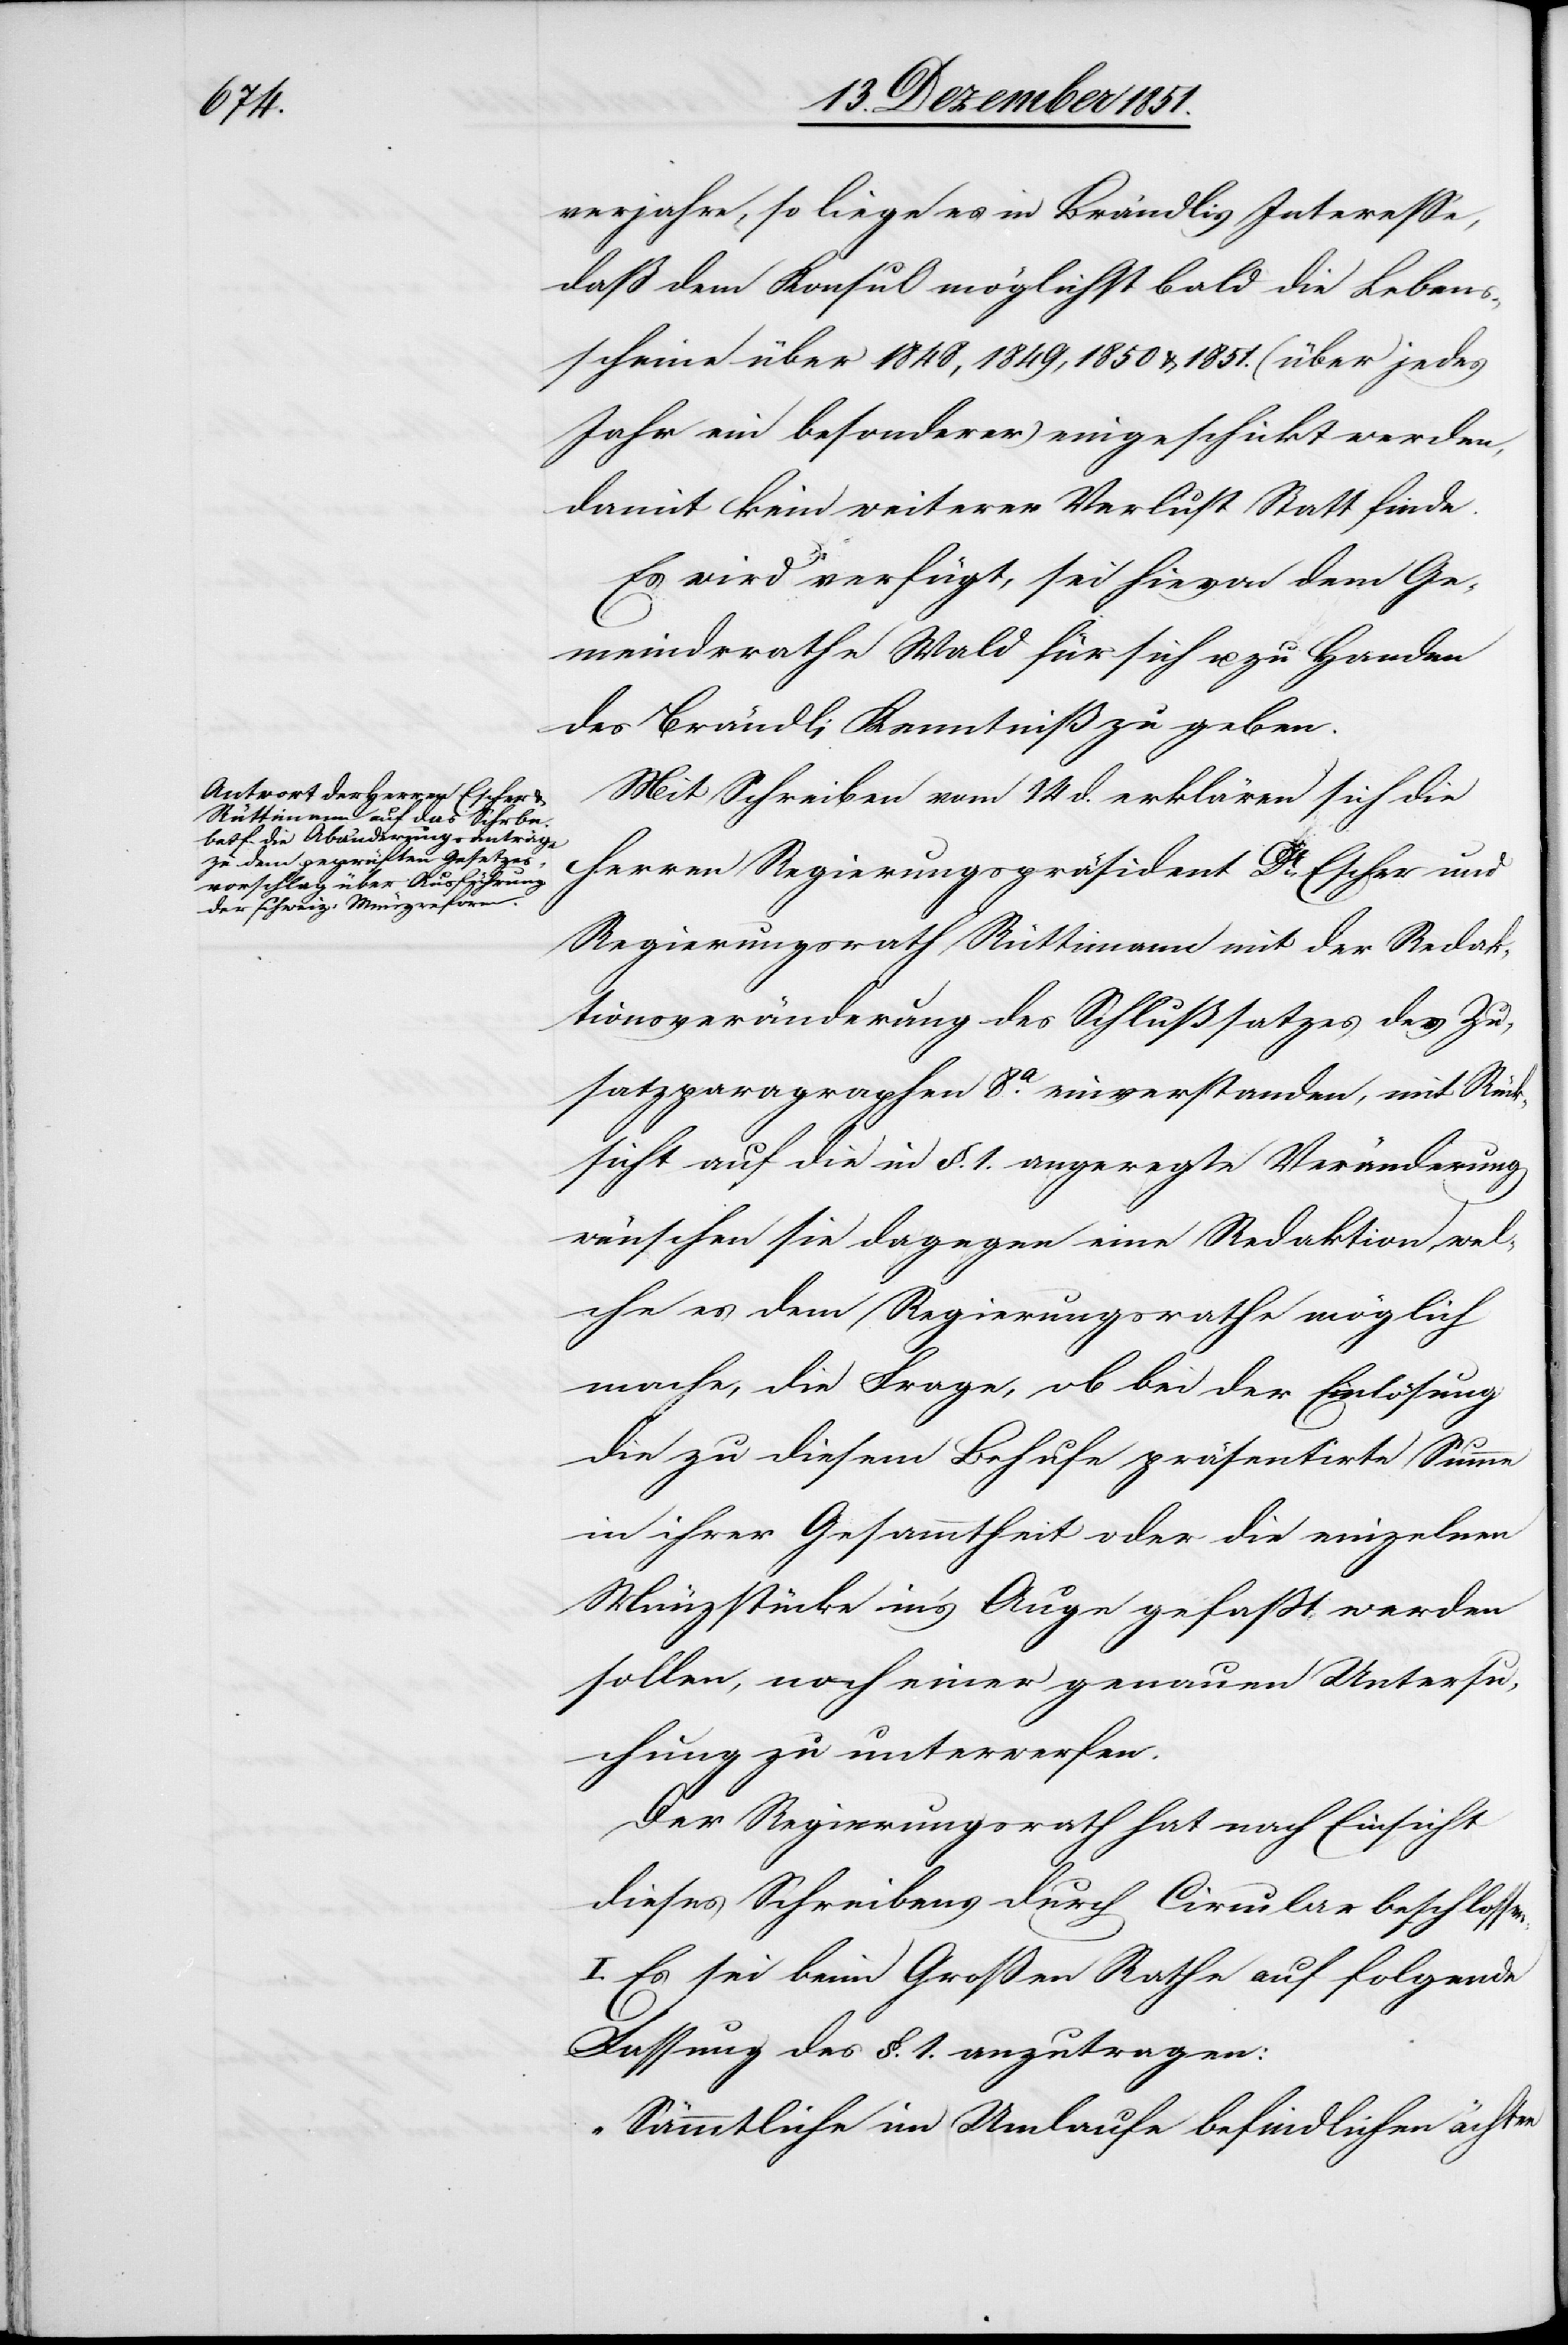
15 Dezember 1851.]
verjahre, so liege es in Brändlis Interesse,
daß dem Konsul möglichst bald die Lebens¬
scheine über 1848, 1849, 1850 & 1851. (über jedes
Jahr ein besonderer) eingeschickt werden,
damit kein weiterer Verlust Statt finde.
Es wird verfügt, sei hievon dem Ge¬
meindrrathe [sic!] Wald für sich u. zu Handen
des Brändli Kenntniß zu geben.
Mit Schreiben vom 14 d. erklären sich die
Herren Regierungspräsident Dr. Escher und
Regierungsrath Rüttimann mit der Redak¬
tionsveränderung des Schlußsatzes des Zu¬
satzparagraphen 8a. einverstanden, mit Rück¬
sicht auf die in §. 1. angeregte Veränderung
wünschen sie dagegen eine Redaktion, wel¬
che es dem Regierungsrathe möglich
mache, die Frage, ob bei der Einlösung
die zu diesem Behufe präsentirte Summe
in ihrer Gesammtheit oder die einzelnen
Münzstücke in’s Auge gefaßt werden
sollen, noch einer genauen Untersu¬
chung zu unterwerfen.
Der Regierungsrath hat nach Einsicht
dieses Schreibens durch Circular beschlossen:
I. Es sei beim Großen Rathe auf folgende
Fassung des §. 1. anzutragen:
„Sämmtliche im Umlaufe befindlichen ächten